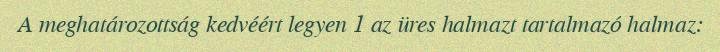
A meghatározottság kedvéért legyen 1 az üres halmazt tartalmazó halmaz: